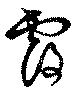
覆